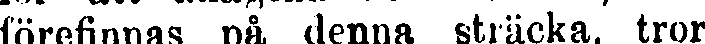
förefinnas på denna sträcka, tror